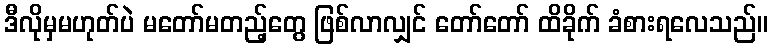
ဒီလိုမှမဟုတ်ပဲ မတော်မတည့်တွေ ဖြစ်လာလျှင် တော်တော် ထိခိုက် ခံစားရလေသည်။